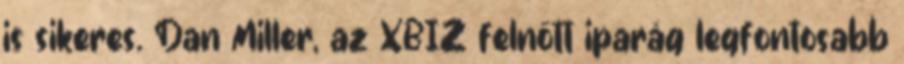
is sikeres. Dan Miller, az XBIZ felnőtt iparág legfontosabb